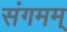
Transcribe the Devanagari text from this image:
संगमम्